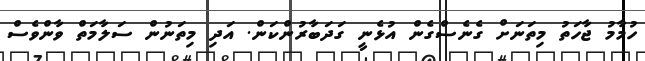
ހުމާމު ޖާހަތު މިތަނަށް ގެނެސްގެން އުޅެނީ ގަދަބާރުންކަން. އަދި މިތަނުން ސަލާމަތް ވާންވެސް